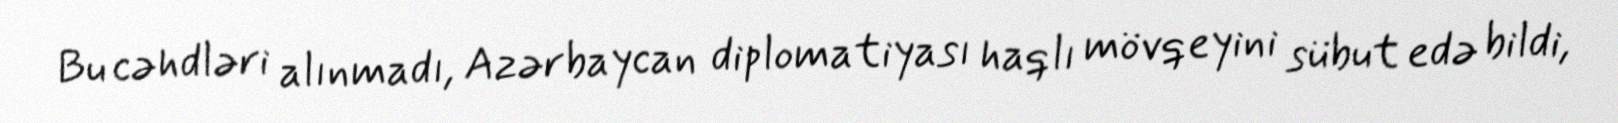
Bu cəhdləri alınmadı, Azərbaycan diplomatiyası haqlı mövqeyini sübut edə bildi,